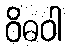
ဝိဓဝါ